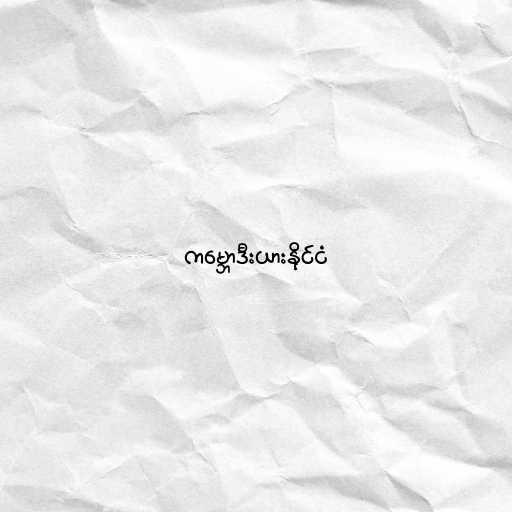
ကမ္ဘောဒီးယားနိုင်ငံ